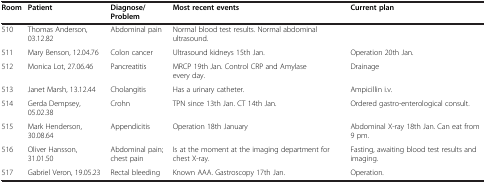
<table><thead><tr><td><b>Room</b></td><td><b>Patient</b></td><td><b>Diagnose/Problem</b></td><td><b>Most recent events</b></td><td><b>Current plan</b></td></tr></thead><tbody><tr><td>510</td><td>Thomas Anderson, 03.12.82</td><td>Abdominal pain</td><td>Normal blood test results. Normal abdominal ultrasound.</td><td> </td></tr><tr><td>511</td><td>Mary Benson, 12.04.76</td><td>Colon cancer</td><td>Ultrasound kidneys 15th Jan.</td><td>Operation 20th Jan.</td></tr><tr><td>512</td><td>Monica Lot, 27.06.46</td><td>Pancreatitis</td><td>MRCP 19th Jan. Control CRP and Amylase every day.</td><td>Drainage</td></tr><tr><td>513</td><td>Janet Marsh, 13.12.44</td><td>Cholangitis</td><td>Has a urinary catheter.</td><td>Ampicillin i.v.</td></tr><tr><td>514</td><td>Gerda Dempsey, 05.02.38</td><td>Crohn</td><td>TPN since 13th Jan. CT 14th Jan.</td><td>Ordered gastro-enterological consult.</td></tr><tr><td>515</td><td>Mark Henderson, 30.08.64</td><td>Appendicitis</td><td>Operation 18th January</td><td>Abdominal X-ray 18th Jan. Can eat from 9 pm.</td></tr><tr><td>516</td><td>Oliver Hansson, 31.01.50</td><td>Abdominal pain; chest pain</td><td>Is at the moment at the imaging department for chest X-ray.</td><td>Fasting, awaiting blood test results and imaging.</td></tr><tr><td>517</td><td>Gabriel Veron, 19.05.23</td><td>Rectal bleeding</td><td>Known AAA. Gastroscopy 17th Jan.</td><td>Operation.</td></tr></tbody></table>